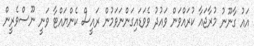
އައު ގާނޫނު މުރާޖައާ ކުރައްވަން ވައުދު ވެވަޑައިގަންނަވަމުން ރައީސް ކެންޔައްޓާ ވަނީ ނޫސްވެރީން